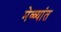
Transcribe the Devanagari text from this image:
मेळ्यांत